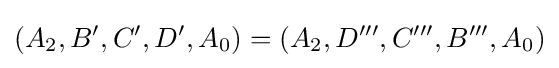
(A_{2},B',C',D',A_{0})=(A_{2},D''',C''',B''',A_{0})